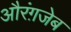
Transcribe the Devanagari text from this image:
औरंग़जेब